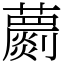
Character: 蘮